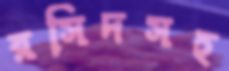
রসিদসহ